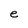
Character: e